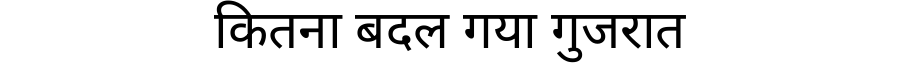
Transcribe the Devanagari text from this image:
कितना बदल गया गुजरात